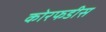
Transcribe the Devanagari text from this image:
कोरफडीस